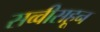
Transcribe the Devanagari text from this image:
सव्वीसहून